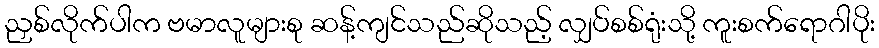
ညှစ်လိုက်ပါက ဗမာလူများစု ဆန့်ကျင်သည်ဆိုသည့် လျှပ်စစ်ရုံးသို့ ကူးစက်ရောဂါပိုး